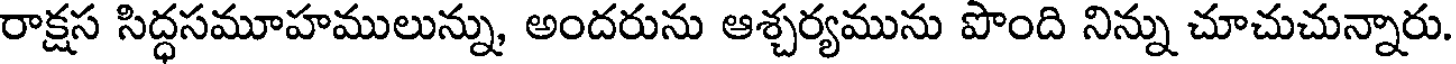
రాక్షస సిద్ధసమూహములున్ను, అందరును ఆశ్చర్యమును పొంది నిన్ను చూచుచున్నారు.